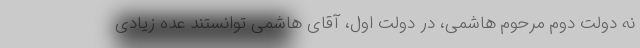
نه دولت دوم مرحوم هاشمی، در دولت اول، آقای هاشمی توانستند عده زیادی